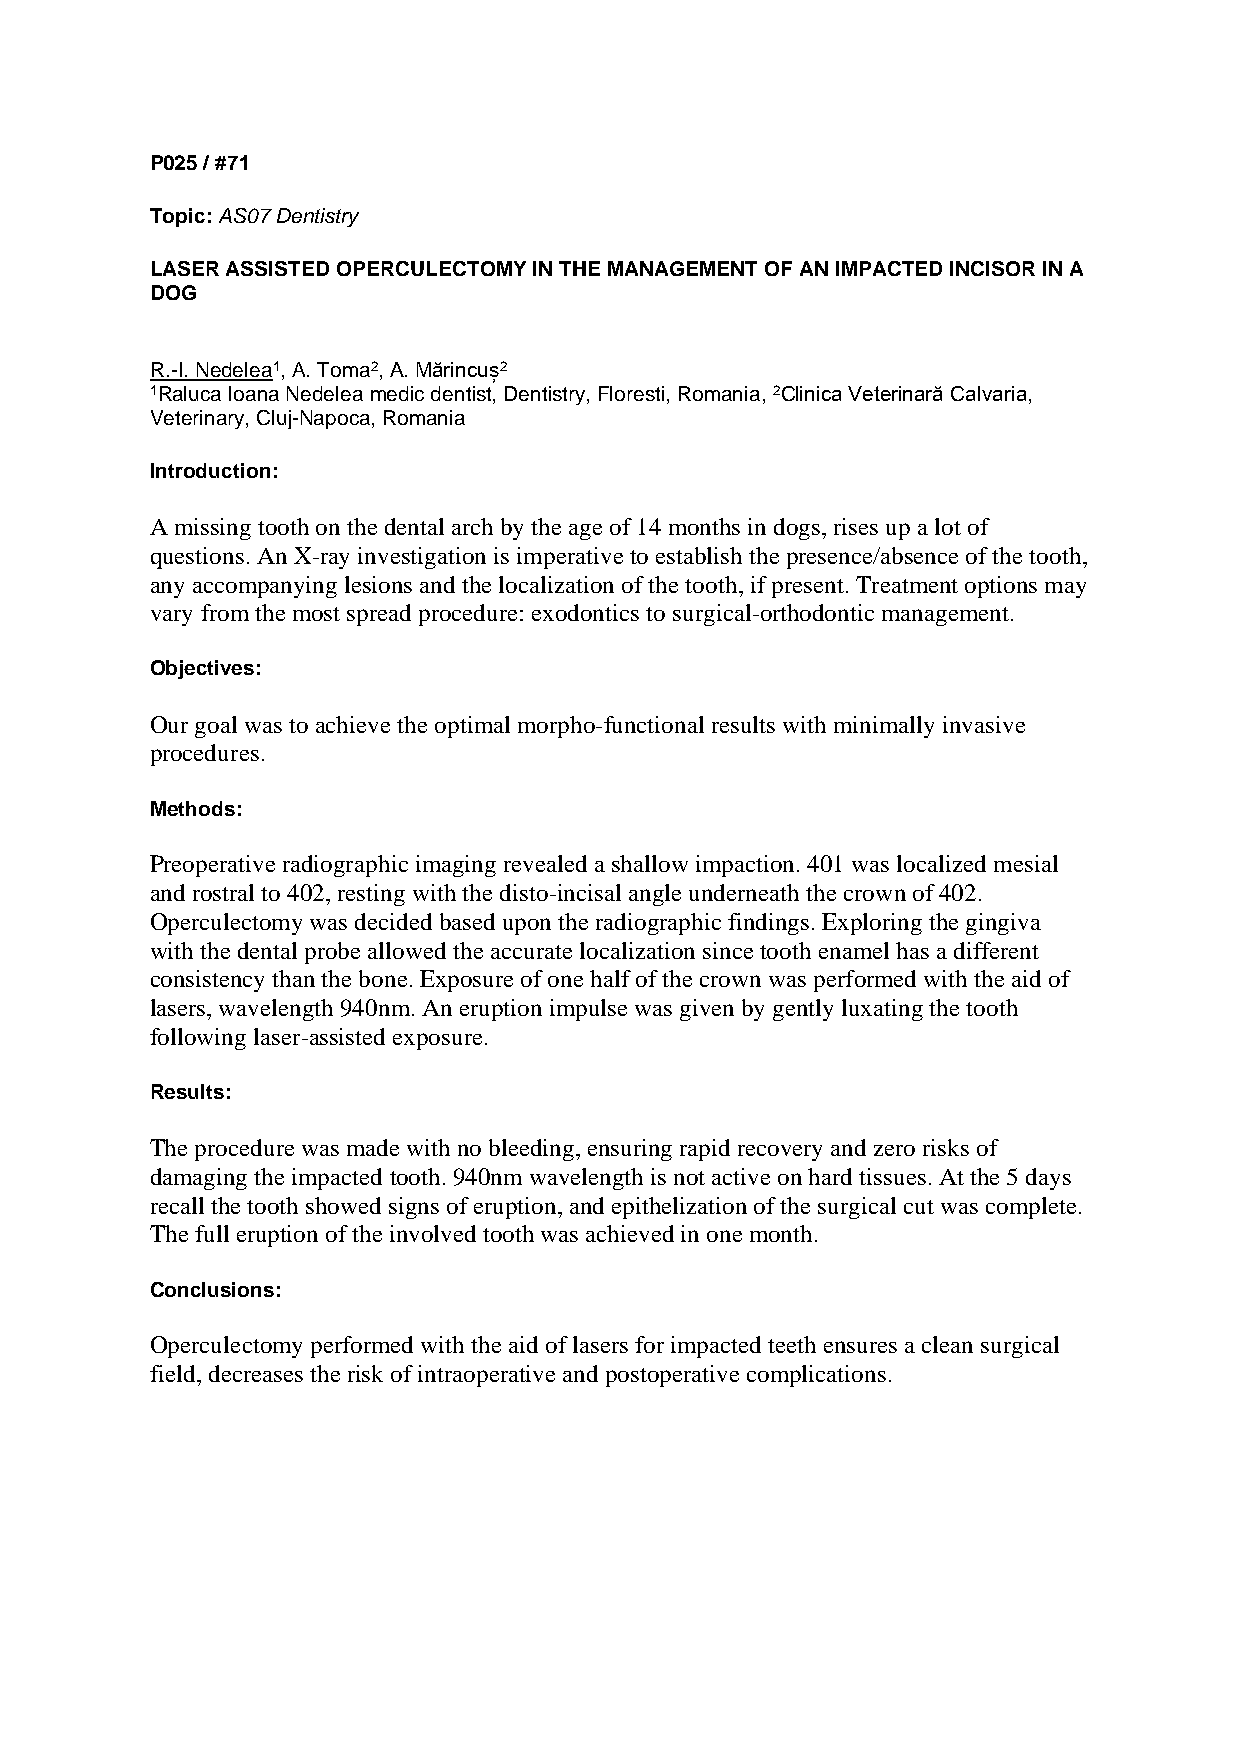
P025 / #71
 Topic: AS07 Dentistry
 LASER ASSISTED OPERCULECTOMY IN THE MANAGEMENT OF AN IMPACTED INCISOR IN A
 DOG
 R.-I. Nedelea1, A. Toma2, A. Mărincuș2
 1Raluca Ioana Nedelea medic dentist, Dentistry, Floresti, Romania, 2Clinica Veterinară Calvaria,
 Veterinary, Cluj-Napoca, Romania
 Introduction:
 A missing tooth on the dental arch by the age of 14 months in dogs, rises up a lot of
 questions. An X-ray investigation is imperative to establish the presence/absence of the tooth,
 any accompanying lesions and the localization of the tooth, if present. Treatment options may
 vary from the most spread procedure: exodontics to surgical-orthodontic management.
 Objectives:
 Our goal was to achieve the optimal morpho-functional results with minimally invasive
 procedures.
 Methods:
 Preoperative radiographic imaging revealed a shallow impaction. 401 was localized mesial
 and rostral to 402, resting with the disto-incisal angle underneath the crown of 402.
 Operculectomy was decided based upon the radiographic findings. Exploring the gingiva
 with the dental probe allowed the accurate localization since tooth enamel has a different
 consistency than the bone. Exposure of one half of the crown was performed with the aid of
 lasers, wavelength 940nm. An eruption impulse was given by gently luxating the tooth
 following laser-assisted exposure.
 Results:
 The procedure was made with no bleeding, ensuring rapid recovery and zero risks of
 damaging the impacted tooth. 940nm wavelength is not active on hard tissues. At the 5 days
 recall the tooth showed signs of eruption, and epithelization of the surgical cut was complete.
 The full eruption of the involved tooth was achieved in one month.
 Conclusions:
 Operculectomy performed with the aid of lasers for impacted teeth ensures a clean surgical
 field, decreases the risk of intraoperative and postoperative complications.